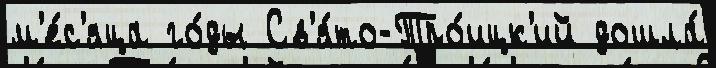
м'е́с'яца го́ды Св'я́то-Тро́ицк'ий дошла́